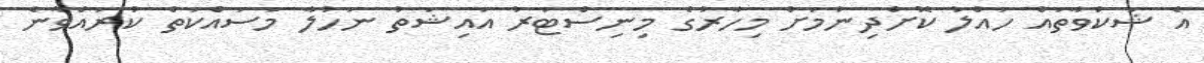
އެ ޝަކުވާތައް ހައްލު ކޮށްދިނުމަށް މިހާރުގެ މިނިސްޓަރު އައިޝަތު ނަހުލާ މަސައްކަތް ކުރައްވާނެ